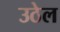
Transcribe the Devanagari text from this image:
उठेल